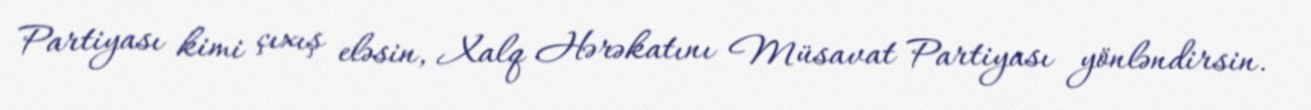
Partiyası kimi çıxış eləsin, Xalq Hərəkatını Müsavat Partiyası yönləndirsin.